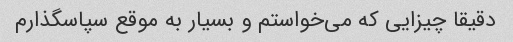
دقیقا چیزایی که می‌خواستم و بسیار به موقع سپاسگذارم